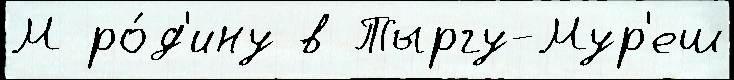
М ро́д'ину в Тыргу-Мур'еш